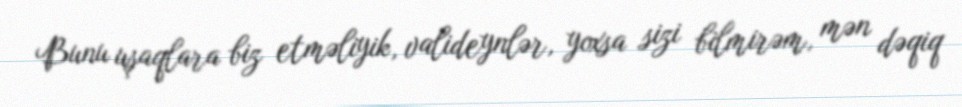
Bunu uşaqlara biz etməliyik, valideynlər, yoxsa sizi bilmirəm, mən dəqiq